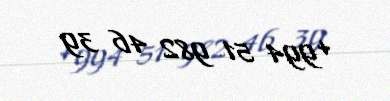
+994 51 982 46 39